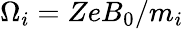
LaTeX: \Omega_{i}=ZeB_{0}/m_{i}